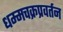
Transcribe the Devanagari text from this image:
धम्मचक्रप्रवर्तन